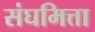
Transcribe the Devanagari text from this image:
संघमित्ता